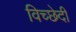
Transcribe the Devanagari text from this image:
विच्छेदी